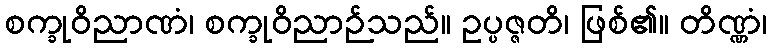
စက္ခုဝိညာဏံ၊ စက္ခုဝိညာဉ်သည်။ ဥပ္ပဇ္ဇတိ၊ ဖြစ်၏။ တိဏ္ဏံ၊